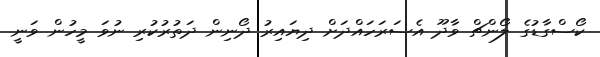
ކޯސްގާޑުގެ ލޯންޗް ވާދޫ އެސަރަހައްދަށް ދިޔައިރު ދޯނިން ދަތުރުކުރި ނުވަ މީހުން ވަނީ